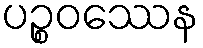
ပဉ္စဝဿေန